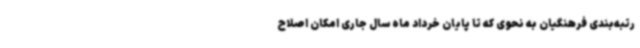
رتبه‌بندی فرهنگیان به نحوی که تا پایان خرداد ماه سال جاری امکان اصلاح